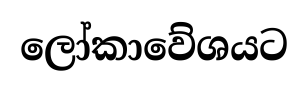
ලෝකාවේශයට